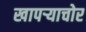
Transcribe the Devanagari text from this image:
खापर्‍याचोर